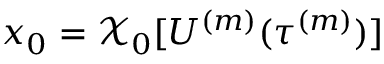
x _ { 0 } = \mathcal { X } _ { 0 } [ U ^ { ( m ) } ( \tau ^ { ( m ) } ) ]